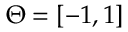
\Theta = [ - 1 , 1 ]